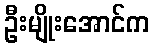
ဦးမျိုးအောင်က